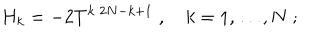
H _ { k } = - 2 T ^ { k \; 2 N - k + 1 } \; , \quad k = 1 , \ldots , N \; ;